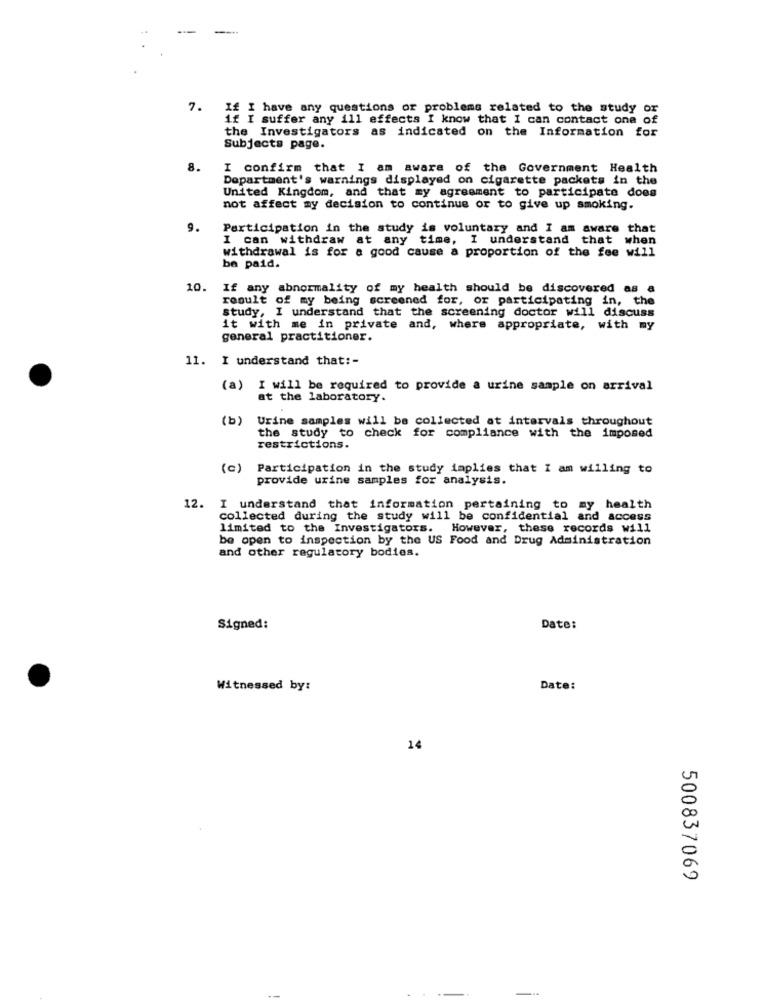
7.
If I have any questions or problems related to the study of
if I suffer any ill effects I know that I can contact one of
the Investigators as indicated on the Information for
Subjects page.
8.
I confirm that I am aware of the Government Health
Department's warnings displayed on cigarette packets in the
United Kingdom, and that my agreement to participate does
not affect my decision to continue or to give up smoking.
9.
Participation in the study is voluntary and I am aware that
I can withdraw at any time, I understand that when
withdrawal is for a good cause a proportion of the fee will
be paid.
10. If any abnormality of my health should be discovered as a
result of my being screened for, or participating in, the
study, I understand that the screening doctor will discuss
it with me in private and, where appropriate, with my
general practitioner.
11. I understand that :-
(a) I will be required to provide a urine sample on arrival
at the laboratory.
(b)
Urine samples will be collected at intervals throughout
the study to check for compliance with the imposed
restrictions.
(c)
Participation in the study implies that I am willing to
provide urine samples for analysis.
12.
I understand that information pertaining to my health
collected during the study will be confidential and access
limited to the Investigators. However, these records will
be open to inspection by the US Food and Drug Administration
and other regulatory bodies.
Signed:
Date:
Witnessed by:
Date:
14
500837069